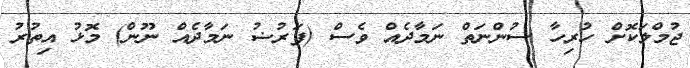
ޖުމްލަކޮށް ހުރިހާ ސުންނަތް ނަމާދެއް ވެސް (ފަރުޟު ނަމާދެއް ނޫން) މޮޅު އިތުރު